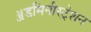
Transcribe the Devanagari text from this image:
ॲडमिनीस्ट्रेशन